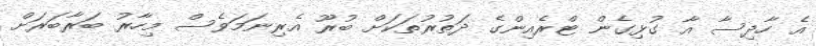
އެ ހާދިސާ އާ ގުޅިގެން ޓްރެއިންގެ ދަތުރުތަަކަށް ބުރޫ އެރިނަމަވެސް މިހާރު ބަރާބަރަށް